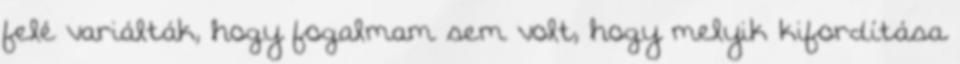
felé variálták, hogy fogalmam sem volt, hogy melyik kifordítása